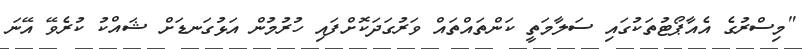
"މިސްރުގެ އެއާޕޯޓުތަކުގައި ސަލާމަތީ ކަންތައްތައް ވަރުގަދަކޮށްފައި ހުރުމުން އަޅުގަނޑަށް ޝައްކު ކުރެވޭ އޭނަ